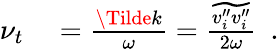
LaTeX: \begin{array}{rl}{\nu_{t}}&{{}=\frac{\Tilde{k}}{\omega}=\frac{\widetilde{v_{i}^{\prime\prime}v_{i}^{\prime\prime}}}{2\omega}\ \ .}\end{array}